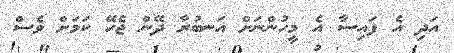
އަދި އެ ފައިސާ އެ މީހުންނަށް އަނބުރާ ދޭން ޖެހޭ ކަމަށް ވެސް